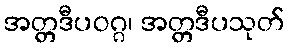
အတ္တဒီပဝဂ္ဂ၊ အတ္တဒီပသုတ်